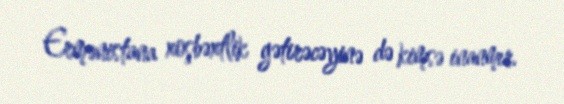
Ermənistana xoşbəxtlik gətirəcəyinə də kimsə inanmır.